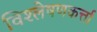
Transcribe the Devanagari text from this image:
विश्लेषणकर्त्ता